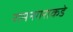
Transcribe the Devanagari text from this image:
रामनगराकडे